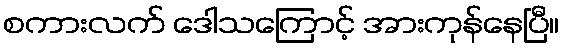
စကားလက် ဒေါသကြောင့် အားကုန်နေပြီ။